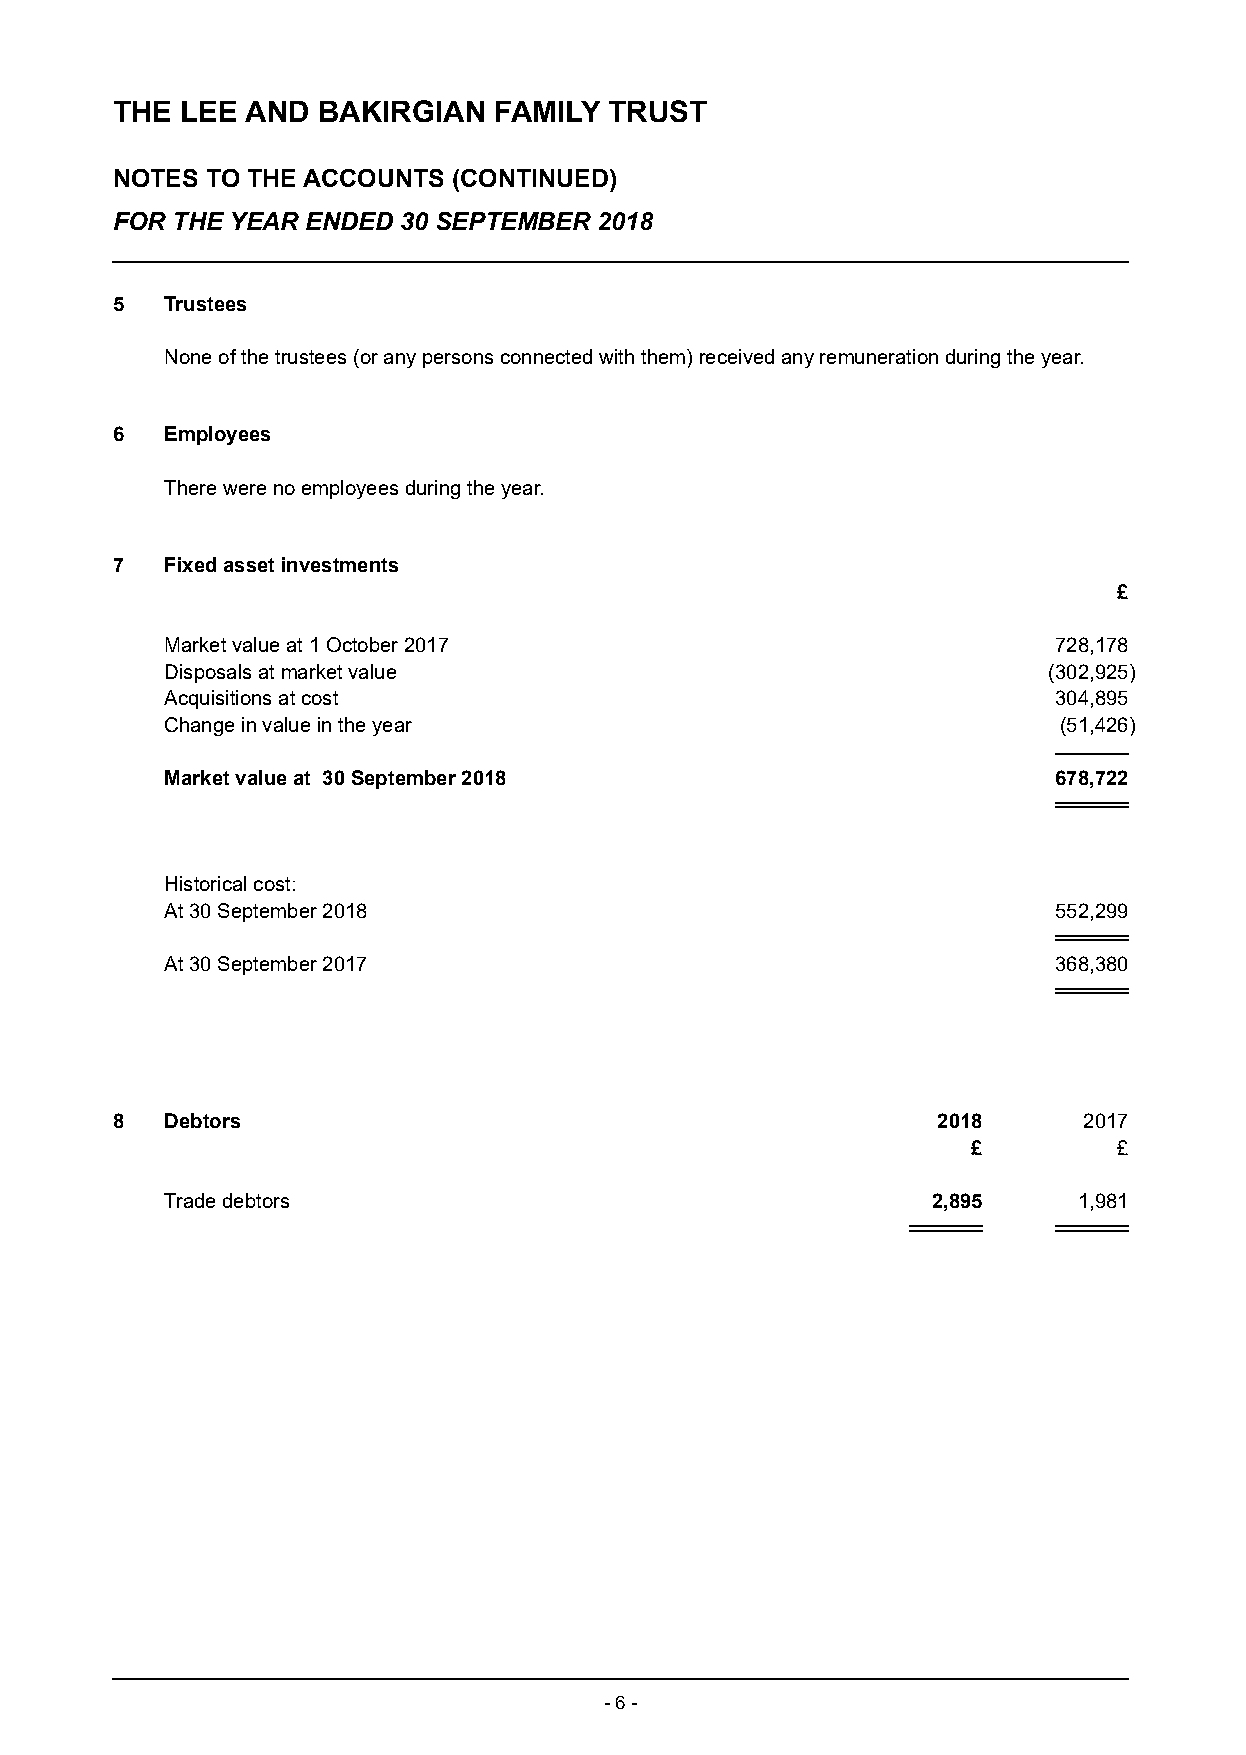
THE  LEE AND  BAKIRGIAN   FAMILY TRUST
 NOTES  TO THE ACCOUNTS (CONTINUED)
 FOR THE YEAR ENDED 30 SEPTEMBER  2018
 5   Trustees
 None of the trustees (or any persons connected with them) received any remuneration during the year.
 6   Employees
 There were no employees during the year.
 7   Fixed asset investments
 £
 Market value at 1 October 2017                             728,178
 Disposals at market value                                 (302,925)
 Acquisitions at cost                                       304,895
 Change in value in the year                                (51,426)
 Market value at 30 September 2018                          678,722
 Historical cost:
 At 30 September 2018                                       552,299
 At 30 September 2017                                       368,380
 8   Debtors                                            2018      2017
 £         £
 Trade debtors                                      2,895    1,981
 - 6 -